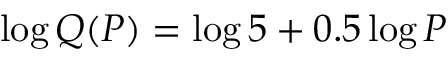
\log Q ( P ) = \log 5 + 0 . 5 \log P